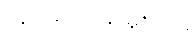
အုပ်ချုပ်ရေးမှူးထံမှ